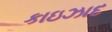
કાઇઝાદ